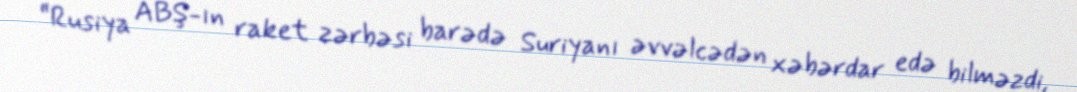
“Rusiya ABŞ-ın raket zərbəsi barədə Suriyanı əvvəlcədən xəbərdar edə bilməzdi,